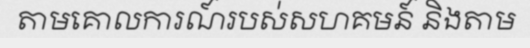
តាមគោលការណ៍របស់សហគមន៍ និងតាម